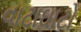
વાટાઘાટો